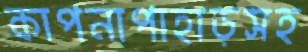
কাপনাপাহাড়সহ